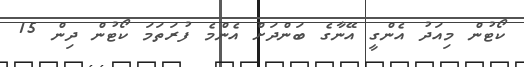
ކޯޓުން މިއަދު އެންގީ އޭނާގެ ބަންދަށް އެންމެ ފުރަތަމަ ކޯޓުން ދިން 15